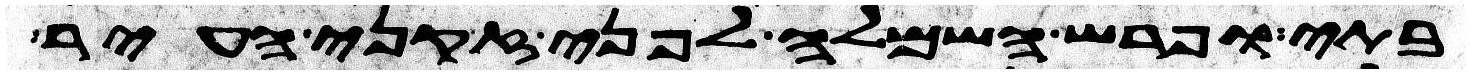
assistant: בתי ופרש השמלה לפני זקני העיר